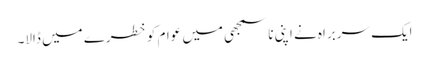
ایک سربراہ نے اپنی ناسمجھی میں عوام کو خطرے میں ڈالا۔